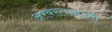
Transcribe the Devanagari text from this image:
अरबस्तानाशी